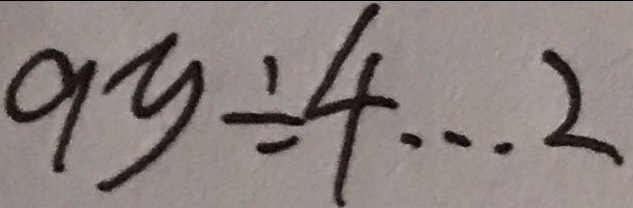
9 y \div 4 \cdots 2